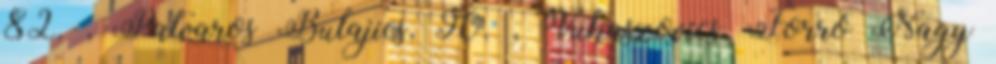
82. , Patvaros Bulajics, 90. , Vukaszovics, Forró Nagy